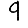
Digit: 9